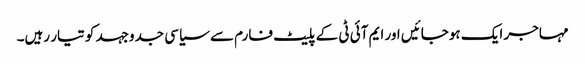
مہاجر ایک ہوجائیں اور ایم آئی ٹی کے پلیٹ فارم سے سیاسی جدوجہد کو تیار رہیں۔